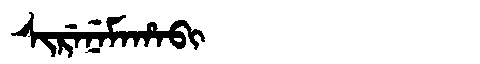
Manchu: ᠰᡳᡵᡝᠨᡝᠮᠠᡥᠠᠪᡳ
Romanization: SIRENEMAHABI